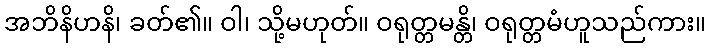
အဘိနိဟနိ၊ ခတ်၏။ ဝါ၊ သို့မဟုတ်။ ဝရုတ္တမန္တိ၊ ဝရုတ္တမံဟူသည်ကား။